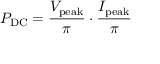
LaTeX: P _ { \mathrm { D C } } = { \frac { V _ { \mathrm { p e a k } } } { \pi } } \cdot { \frac { I _ { \mathrm { p e a k } } } { \pi } }